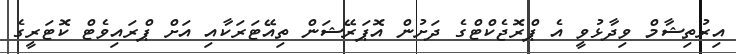
އިރުތިޝާމް ވިދާޅުވީ އެ ޕްރޮޖެކްޓްގެ ދަށުން އޮޕަރޭޝަން ތިއޭޓަރަކާއި އަށް ޕްރައިވެޓް ކޮޓަރީގެ